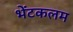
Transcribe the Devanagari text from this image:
भेंटकलम